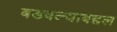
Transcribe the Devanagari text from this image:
बडवल्याबद्दल